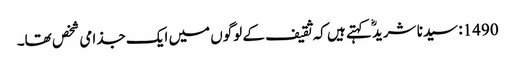
1490: سیدنا شریدؓ کہتے ہیں کہ ثقیف کے لوگوں میں ایک جذامی شخص تھا۔